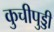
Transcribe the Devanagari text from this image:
कुचीपुड्डी